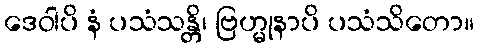
ဒေဝါပိ နံ ပသံသန္တိ၊ ဗြဟ္မုနာပိ ပသံသိတော။